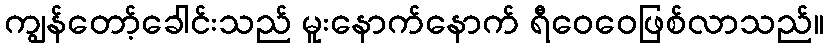
ကျွန်တော့်ခေါင်းသည် မူးနောက်နောက် ရီဝေဝေဖြစ်လာသည်။